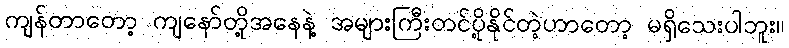
ကျန်တာတော့ ကျနော်တို့အနေနဲ့ အများကြီးတင်ပို့နိုင်တဲ့ဟာတော့ မရှိသေးပါဘူး။